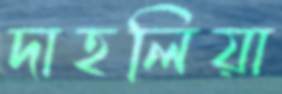
দাহলিয়া